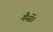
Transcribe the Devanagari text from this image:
गैसें।